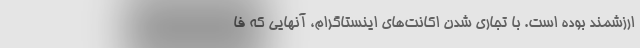
ارزشمند بوده است. با تجاری شدن اکانت‌های اینستاگرام، آنهایی که فا